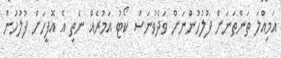
އަމިއްލަ ތަންތަނަށް ފުލުހުންނަށް ވަދެވުނަސް ކޯޓު އަމުރެއް ނެތި އެ އޮފީހަށް ފުލުހުން